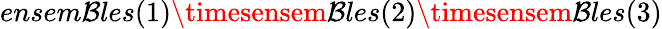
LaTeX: ensem\mathcal{B}les(1)\timesensem\mathcal{B}les(2)\timesensem\mathcal{B}les(3)